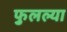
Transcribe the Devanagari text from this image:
फुलल्या